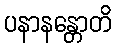
ပနာနန္တောတိ